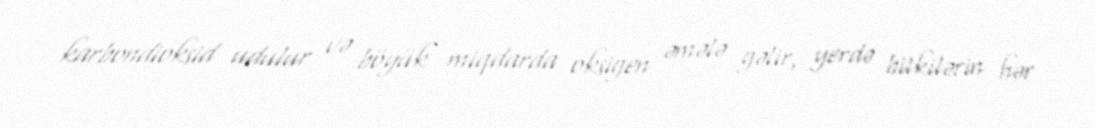
karbondioksid udulur və böyük miqdarda oksigen əmələ gəlir, yerdə bitkilərin hər